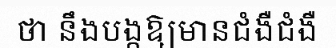
ថា នឹងបង្កឱ្យមានជំងឺជំងឺ